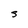
Character: S